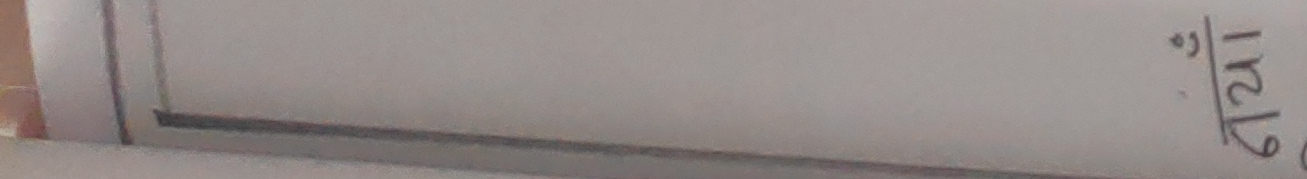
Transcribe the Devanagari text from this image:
२१/६°